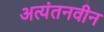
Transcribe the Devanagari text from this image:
अत्यंतनवीन